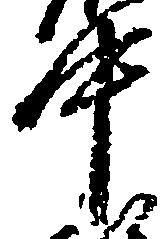
中